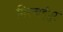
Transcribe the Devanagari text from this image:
मिरजईपुर